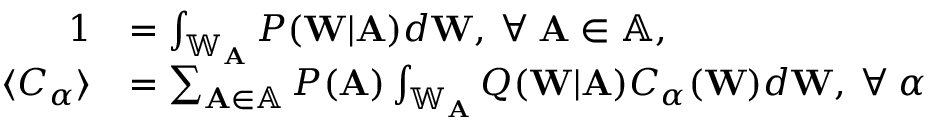
\begin{array} { r l } { 1 } & { = \int _ { \mathbb { W } _ { \mathbf { A } } } P ( \mathbf { W } | \mathbf { A } ) d \mathbf { W } , \: \forall \: \mathbf { A } \in \mathbb { A } , } \\ { \langle C _ { \alpha } \rangle } & { = \sum _ { \mathbf { A } \in \mathbb { A } } P ( \mathbf { A } ) \int _ { \mathbb { W } _ { \mathbf { A } } } Q ( \mathbf { W } | \mathbf { A } ) C _ { \alpha } ( \mathbf { W } ) d \mathbf { W } , \: \forall \: \alpha } \end{array}